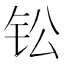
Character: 𫓪